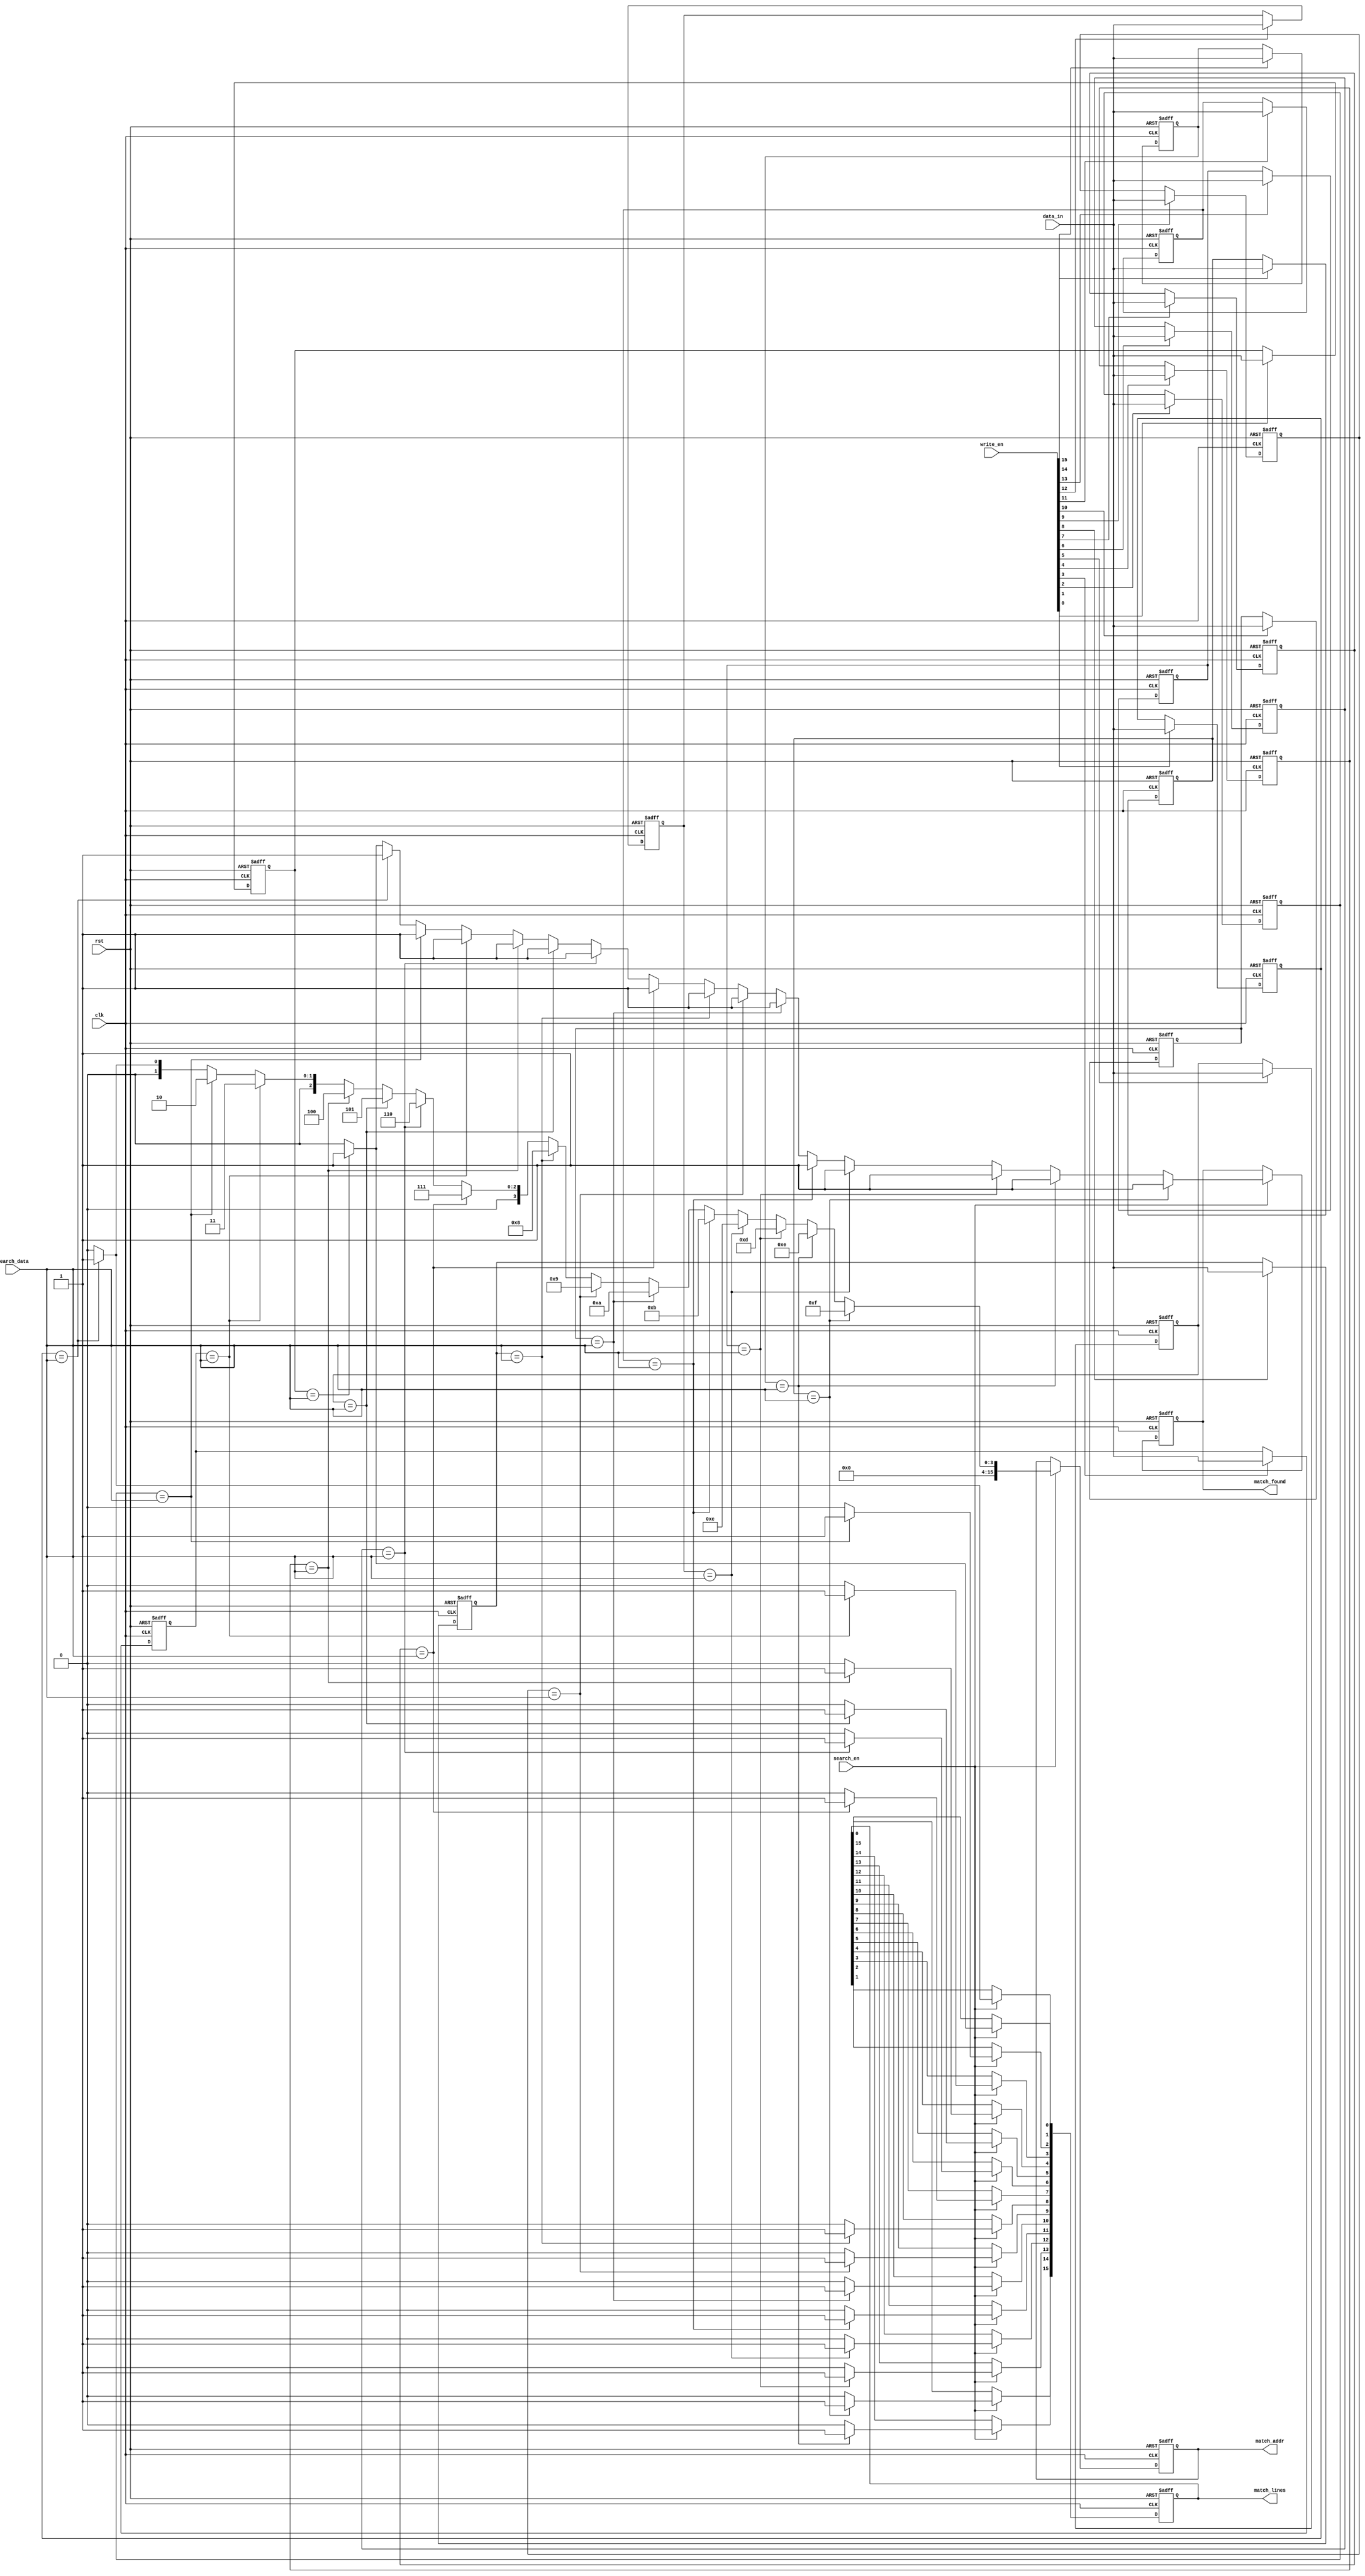
module CAM #(
    parameter DATA_WIDTH = 8,    // Width of each entry
    parameter NUM_ENTRIES = 16    // Number of entries in the CAM
)(
    input wire clk,                // Clock signal
    input wire rst,                // Reset signal
    input wire [DATA_WIDTH-1:0] data_in, // Data input for writing
    input wire [NUM_ENTRIES-1:0] write_en, // Write enable for each entry
    input wire [DATA_WIDTH-1:0] search_data, // Data input for searching
    input wire search_en,          // Search enable signal
    output reg [NUM_ENTRIES-1:0] match_lines, // Match lines for each entry
    output reg [NUM_ENTRIES-1:0] match_addr, // Address of the matching entry
    output reg match_found         // Match found indicator
);

    // Memory array to store CAM entries
    reg [DATA_WIDTH-1:0] cam_memory [0:NUM_ENTRIES-1];

    integer i;

    // Write operation
    always @(posedge clk or posedge rst) begin
        if (rst) begin
            // Reset CAM memory
            for (i = 0; i < NUM_ENTRIES; i = i + 1) begin
                cam_memory[i] <= {DATA_WIDTH{1'b0}};
            end
        end else begin
            // Write data into CAM if write_enable is asserted
            for (i = 0; i < NUM_ENTRIES; i = i + 1) begin
                if (write_en[i]) begin
                    cam_memory[i] <= data_in;
                end
            end
        end
    end

    // Search operation
    always @(posedge clk or posedge rst) begin
        if (rst) begin
            match_lines <= {NUM_ENTRIES{1'b0}};
            match_addr <= {NUM_ENTRIES{1'b0}};
            match_found <= 1'b0;
        end else if (search_en) begin
            match_found <= 1'b0;
            match_lines <= {NUM_ENTRIES{1'b0}};
            match_addr <= {NUM_ENTRIES{1'b0}};

            // Compare input data against all entries
            for (i = 0; i < NUM_ENTRIES; i = i + 1) begin
                if (cam_memory[i] == search_data) begin
                    match_lines[i] <= 1'b1; // Set match line
                    match_addr <= i;         // Store matching address
                    match_found <= 1'b1;     // Indicate a match was found
                end
            end
        end
    end

endmodule